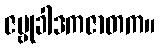
ဇမ္ဗုခါဒကဇာတက။